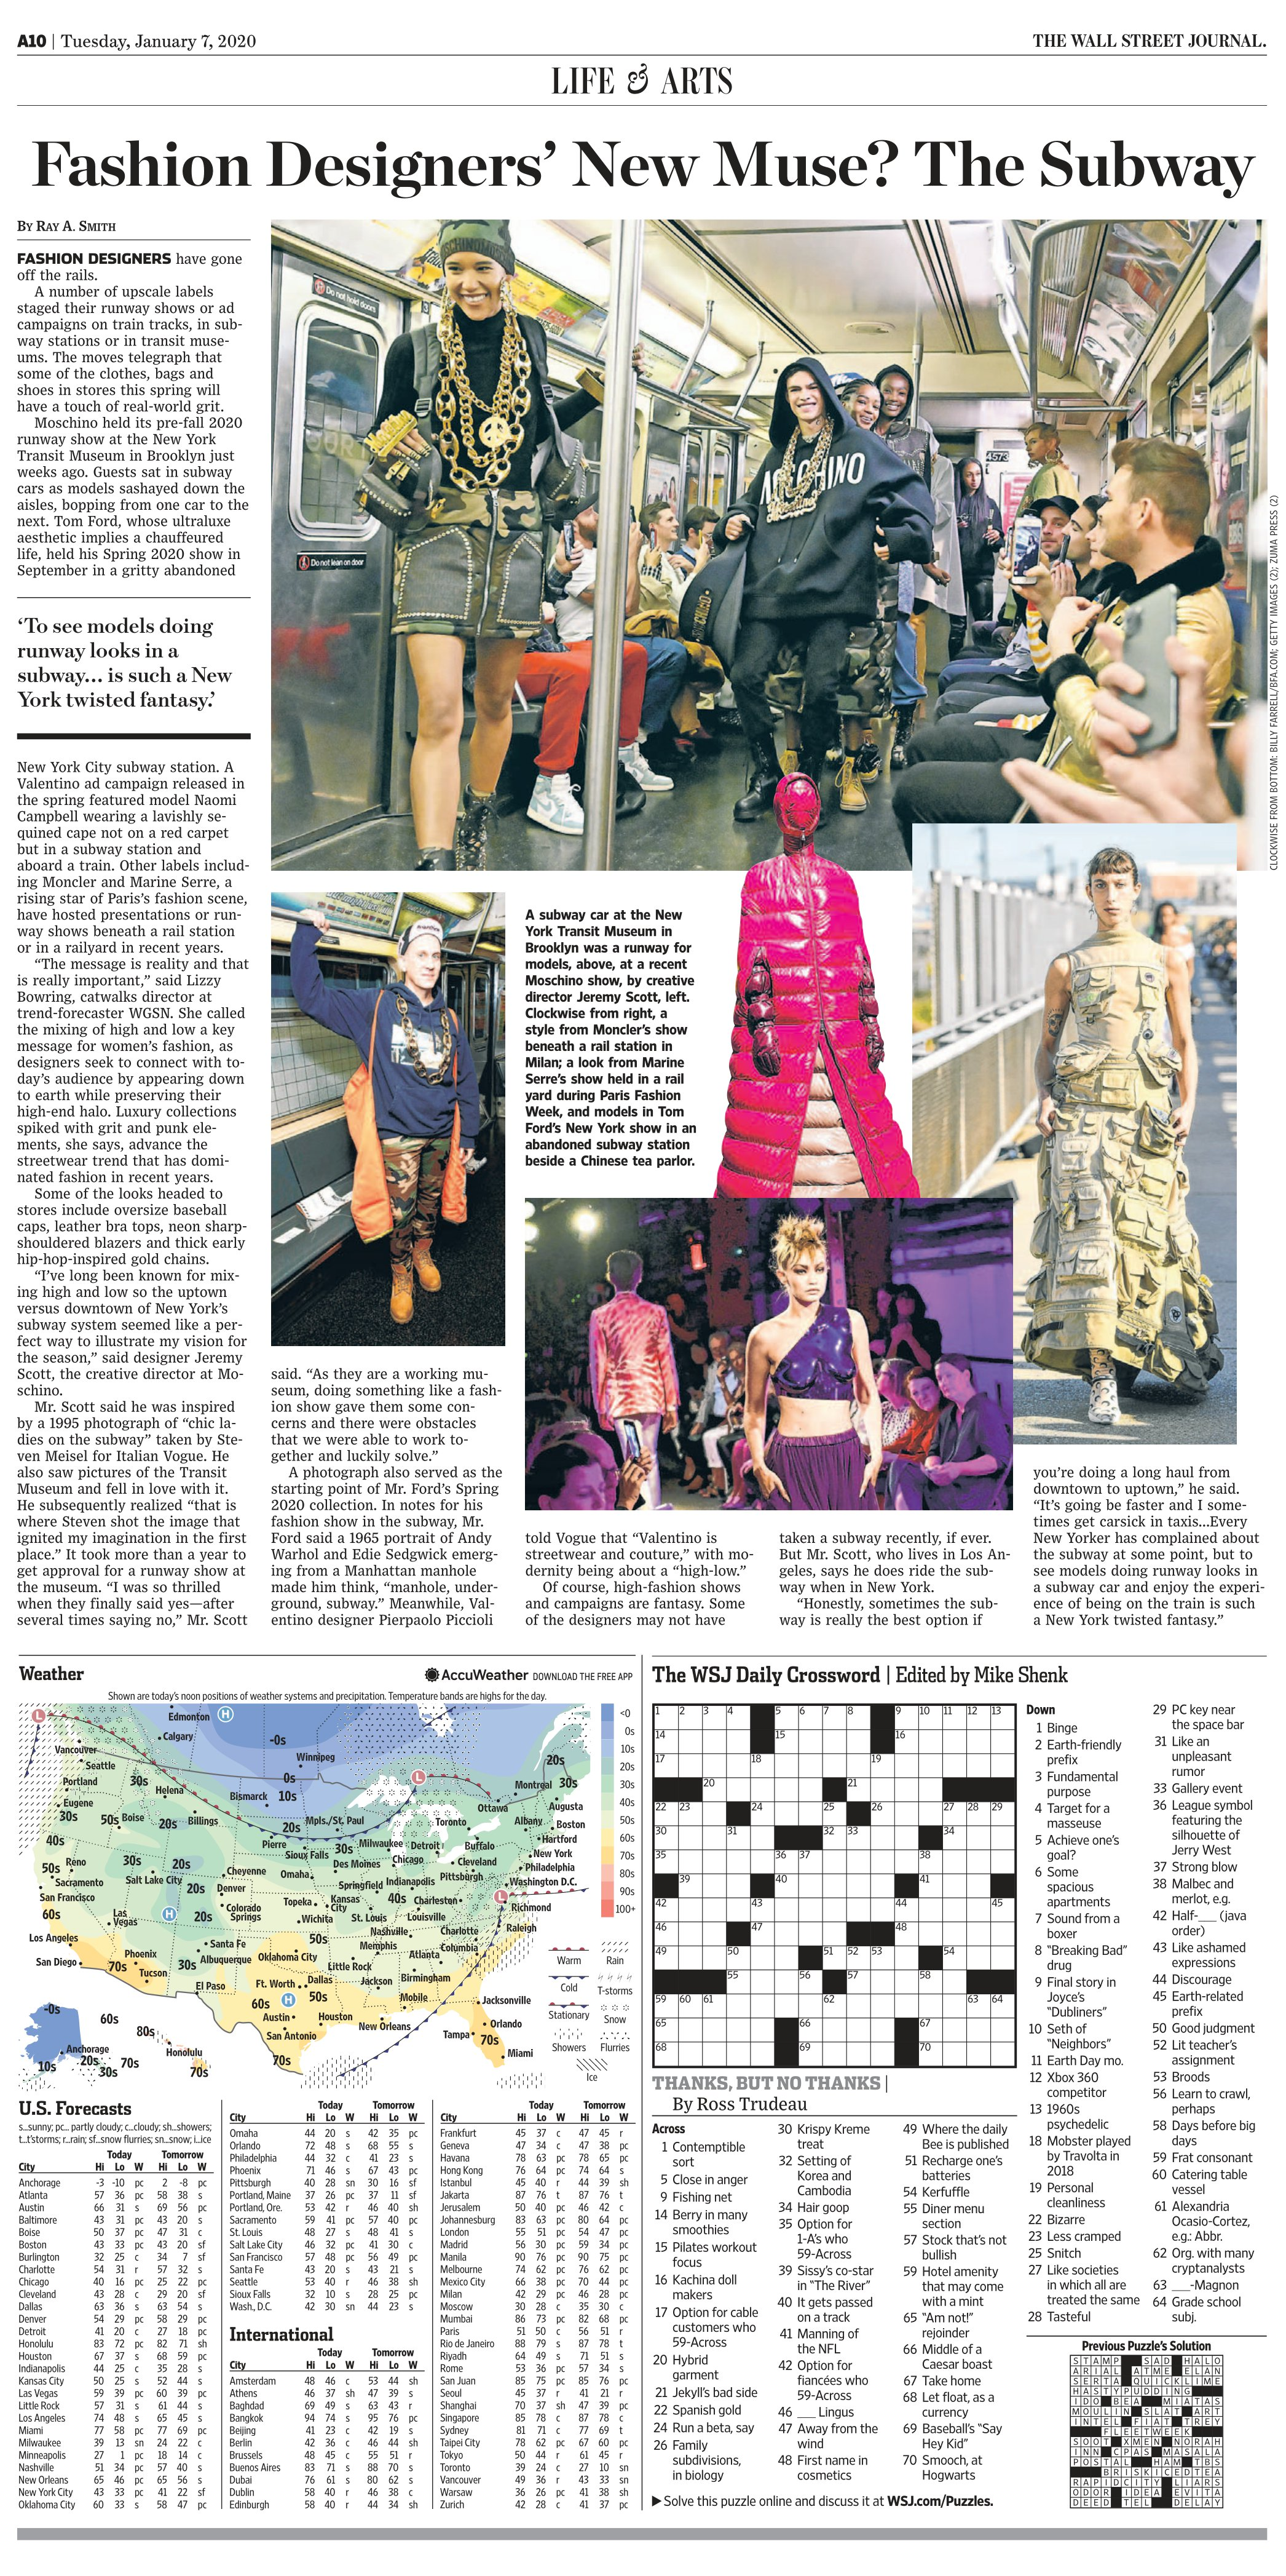
Language: en